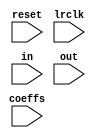
`timescale 1ns / 1ps
//////////////////////////////////////////////////////////////////////////////////
// Company: 
// Engineer: 
// 
// Design Name: 
// Module Name: fir_fixedpoint
// Project Name: 
// Target Devices: 
// Tool Versions: 
// Description: 
// 
// Dependencies: 
// 
// Revision:
// Revision 0.01 - File Created
// Additional Comments:
// 
//////////////////////////////////////////////////////////////////////////////////


module fir_fixedpoint # (
parameter NTAPS=5,
parameter WIDTH = 32,
parameter CWIDTH = 72,
parameter TOP_BIT=23
)
(
input wire reset,
input wire lrclk,
input wire [23:0] in,
input wire [23:0] out,
input wire [(NTAPS)*(CWIDTH)-1:0] coeffs
    );
    //constants we need
    localparam NDELAY = (NTAPS-1)*2;
    localparam NADDS = NTAPS-1;
    localparam NMULS = NTAPS;
    localparam NACC = NTAPS-1;
    
    //declare the pipeline stages
    //reg [WIDTH-1:0] result;
    reg [23:0] pipes[NDELAY-1:0];
    //reg [23:0] pp[NADDS-1:0];
    reg [WIDTH-1:0] adds[NADDS-1:0];
    reg [(CWIDTH)-1:0] muls[NMULS-1:0];
    reg [(CWIDTH)-1:0] acc[NACC-1:0];
    reg [(CWIDTH)-1:0] result;
    assign out[23:0] = result[TOP_BIT -: 24];
    //assign out[23:0] = acc[NTAPS-2][TOP_BIT -: 24];
    integer i;
    always @(negedge lrclk)
    begin
        if (reset)
        begin
            result<=0;
            for (i=0; i<NDELAY; i=i+1) pipes[i]<=0;
            //for (i=0; i<NADDS; i=i+1) pp[i]<=0;
            for (i=0; i<NADDS; i=i+1) adds[i]<=0;
            for (i=0; i<NMULS; i=i+1) muls[i]<=0;
            for (i=0; i<NACC; i=i+1) acc[i]<=0;
        end
        else
        begin
            //do the pipeline thing
            for (i=0; i<NDELAY; i=i+1)
                begin
                    if (i==0)
                        begin
                            pipes[0][23:0] <= in[23:0];
                        end
                    else
                        begin
                            pipes[i][23:0] <= pipes[i-1][23:0];
                        end
                end
            
            /*
            //delays for the middle element
            for (i=0; i<NADDS; i=i+1)
                begin
                    if (i==0)
                        begin
                            pp[i][23:0] <= pipes[NTAPS-2][23:0];
                        end
                    else
                        begin
                            pp[i][23:0] <= pp[i-1][23:0];
                        end
                end
            */
            
            //compute the adds
            for (i=0; i<NADDS; i=i+1)
                begin
                    if (i==0)
                        begin
                            adds[i][WIDTH-1:0] <= {{(WIDTH-24-1){1'b0}}, in[23:0]} + {{(WIDTH-24-1){1'b0}}, pipes[NDELAY-1-i][23:0]};
                        end
                    else
                        begin
                            adds[i][WIDTH-1:0] <= {{(WIDTH-24-1){1'b0}}, pipes[i-1][23:0]} + {{(WIDTH-24-1){1'b0}}, pipes[NDELAY-1-i][23:0]};
                        end
                end
            
            //compute the muls
            for (i=0; i<NMULS; i=i+1)
                begin
                    
                    /*
                    if (i==(NTAPS-1))
                        begin
                            muls[i][WIDTH-1:0] <= {{(WIDTH-24-1){1'b0}},pp[NADDS-1][23:0]} * coeffs[(((i)*(WIDTH))) +: (WIDTH)];
                        end
                        */
                        
                    if (i==(NTAPS-1))
                        begin
                            muls[i][CWIDTH-1:0] <= pipes[NTAPS-2][23:0] * coeffs[(((i)*(CWIDTH))) +: (CWIDTH)];
                        end
                        
                    else
                        begin
                            muls[i][CWIDTH-1:0] <= adds[i][WIDTH-1:0] * coeffs[(((i)*(CWIDTH))) +: (CWIDTH)];
                        end
                end
            
            //compute the accs
            for (i=0; i<NACC; i=i+1)
                begin
                    if (i==0)
                        begin
                            acc[i][CWIDTH-1:0] = muls[i][CWIDTH-1:0] + muls[i+1][CWIDTH-1:0];
                        end
                    else
                        begin
                            acc[i][CWIDTH-1:0] = muls[i+1][CWIDTH-1:0] + acc[i-1][CWIDTH-1:0];
                        end
                end
                result[(CWIDTH-1):0] <= acc[NTAPS-2][(CWIDTH-1):0];
                //result[WIDTH-1:0] <= acc[TAPS-1][WIDTH-1:0];
                
        end
    end
endmodule